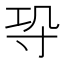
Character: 𭔫